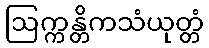
ဩက္ကန္တိကသံယုတ္တံ